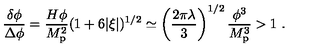
{ \frac { \delta \phi } { \Delta \phi } } = { \frac { H \phi } { M _ { \mathrm { p } } ^ { 2 } } } ( 1 + 6 | \xi | ) ^ { 1 / 2 } \simeq \left( { \frac { 2 \pi \lambda } { 3 } } \right) ^ { 1 / 2 } { \frac { \phi ^ { 3 } } { M _ { \mathrm { p } } ^ { 3 } } } > 1 \ .